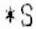
*S